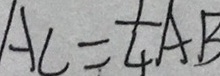
A C = \frac { 1 } { 4 } A B